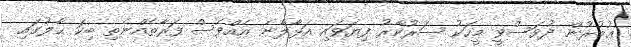
ޢުމުރުން ދުވަސްވީ މީހަކު ސަރުކާރު ފިޔަވައި އަޅާލާނެ އެއްވެސް ފަރާތެއްނެތި ބިކަ ޙާލުގައި